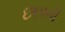
છાપની